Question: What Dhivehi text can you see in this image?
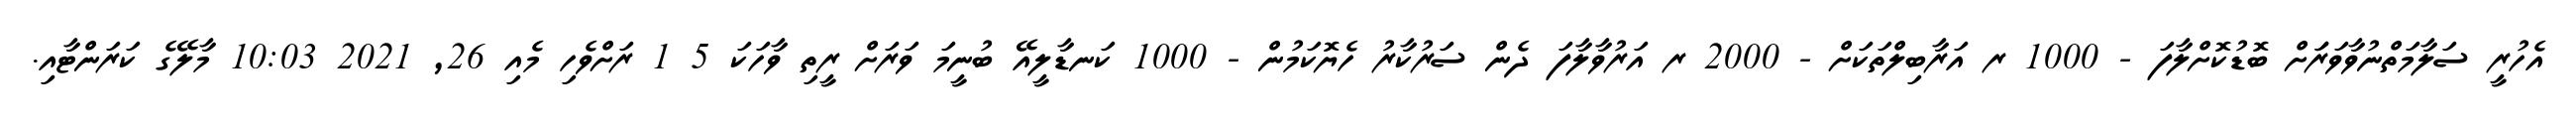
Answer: އެހުރީ ސަލާމަތްނުވާވަރަަށް ބޮޑުކޮށްލާފަ - 1000 ރ އަރާބިލްތަކަށް - 2000 ރ އަރުވާލާފަ ދެން ސަރުކާރު ހެޔޮކަމުން - 1000 ކަނޑާލީއޭ ބުނީމަ ވަރަށް ރީތި ވާހަކަ 5 1 ރަށްވެހި މެއި 26, 2021 10:03 މާލޭގެ ކަރަންޓާއި.